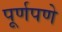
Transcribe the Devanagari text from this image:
पूूर्णपणे